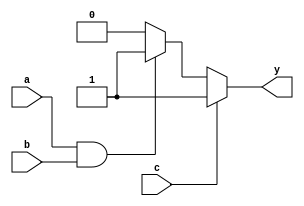
`timescale 1ns / 1ps
module CombiCircuit(a,b,c,y);

	input a,b,c;
	output reg y;
	
	always@(*)begin
		if(c==1) begin
			y=1;
		end else if(a==1 & b==1) begin
			y=1;
		end else begin
			y=0;
		end	
	end
	
endmodule